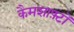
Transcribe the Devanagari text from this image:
कैमशाफ़्टों